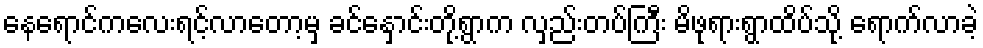
နေရောင်ကလေးရင့်လာတော့မှ ခင်နှောင်းတို့ရွာက လှည်းတပ်ကြီး မိဖုရားရွာထိပ်သို့ ရောက်လာခဲ့